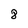
Character: 8